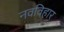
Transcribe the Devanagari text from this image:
नवविहार